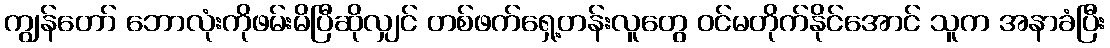
ကျွန်တော် ဘောလုံးကိုဖမ်းမိပြီဆိုလျှင် တစ်ဖက်ရှေ့တန်းလူတွေ ဝင်မတိုက်နိုင်အောင် သူက အနာခံပြီး